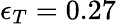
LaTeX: \epsilon_{T}=0.27\